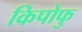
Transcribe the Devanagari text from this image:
किपोफु